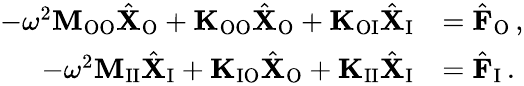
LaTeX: \begin{array}{rl}{-\omega^{2}\mathbf{M}_{\mathrm{OO}}\hat{\mathbf{X}}_{\mathrm{O}}+\mathbf{K}_{\mathrm{OO}}\hat{\mathbf{X}}_{\mathrm{O}}+\mathbf{K}_{\mathrm{OI}}\hat{\mathbf{X}}_{\mathrm{I}}}&{=\hat{\mathbf{F}}_{\mathrm{O}}\, ,}\\ {-\omega^{2}\mathbf{M}_{\mathrm{II}}\hat{\mathbf{X}}_{\mathrm{I}}+\mathbf{K}_{\mathrm{IO}}\hat{\mathbf{X}}_{\mathrm{O}}+\mathbf{K}_{\mathrm{II}}\hat{\mathbf{X}}_{\mathrm{I}}}&{=\hat{\mathbf{F}}_{\mathrm{I}}\, .}\end{array}